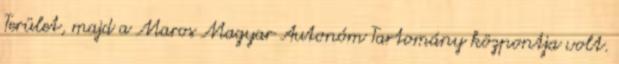
Terület, majd a Maros Magyar Autonóm Tartomány központja volt.